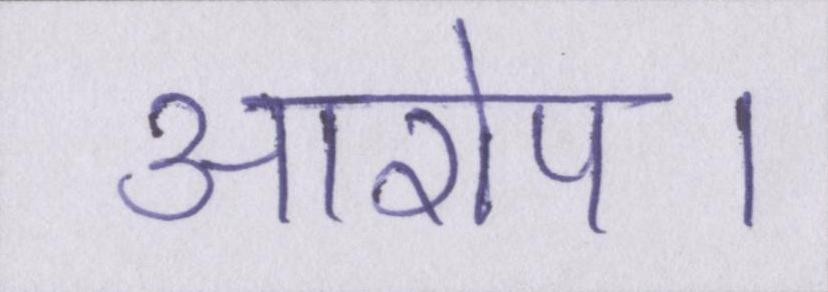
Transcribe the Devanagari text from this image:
आरोप।